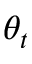
\theta _ { t }